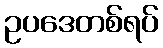
ဥပဒေတစ်ရပ်